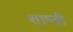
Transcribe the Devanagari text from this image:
शाष्त्री